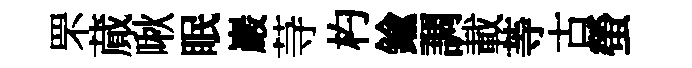
罘蕆啾眠巖䒭杓鍮調載䓁古螢